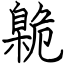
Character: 臲